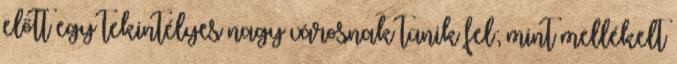
előtt egy tekintélyes nagy városnak tünik fel; mint mellékelt